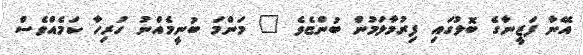
އޭނާ ފަޒީނާގެ ބޮލުގައި ފިރުމާލަމުން ބުންޏެވެ " މަންމަ ބުނީމެއްނު ހުރިހާ ކަމެއްވެސް